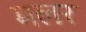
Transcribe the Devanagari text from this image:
मलर